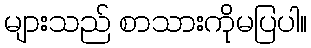
များသည် စာသားကိုမပြပါ။